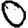
Digit: 0